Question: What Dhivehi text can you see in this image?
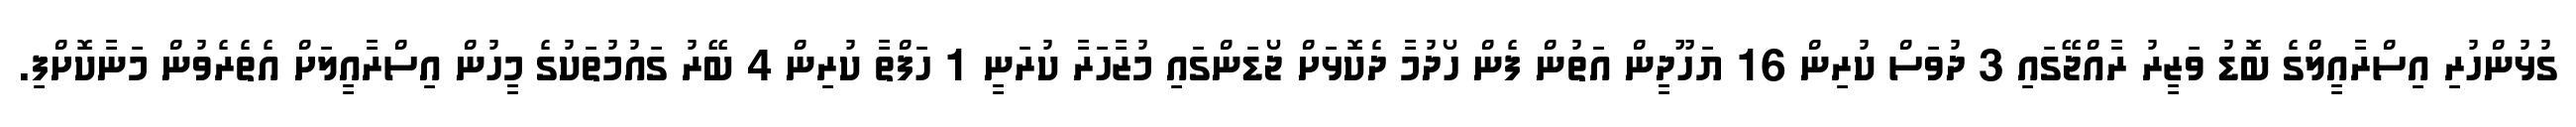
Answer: ގުޅުންހުރި އިސްރާއީލްގެ ބޮޑު ވަޒީރު ރާއްޖޭގައި 3 ދުވަސް ކުރިން 16 ޔަހޫދީން އަތުން ފެން ހޯދުމާ ދެކޮޅަށް ޖޯޑަންގައި މުޒާހަރާ ކުރަނީ 1 ހަފްތާ ކުރިން 4 ބޭރު ގައުމުތަކުގެ މީހުން އިސްރާއީލަށް އެތެރެވުން މަނާކޮށްފި.